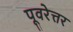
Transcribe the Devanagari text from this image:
पूवरेत्तर